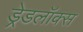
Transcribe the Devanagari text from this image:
ड्रेडलॉक्स